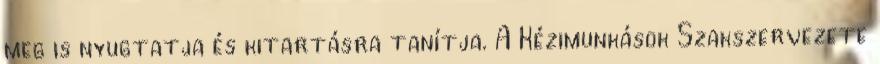
meg is nyugtatja és kitartásra tanítja. A Kézimunkások Szakszervezete